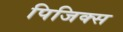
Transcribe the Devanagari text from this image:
पिजिक्स